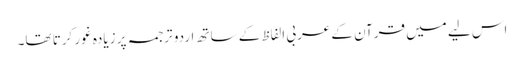
اس لیے میں قرآن کے عربی الفاظ کے ساتھ اردو ترجمہ پر زیادہ غور کرتا تھا۔